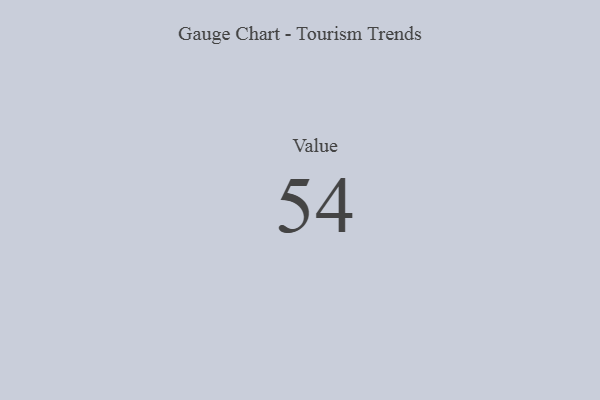
{"axis": {"x": "Metric", "y": "Value"}, "legend": [""], "data": [{"x": "Value", "y": 54, "type": ""}]}